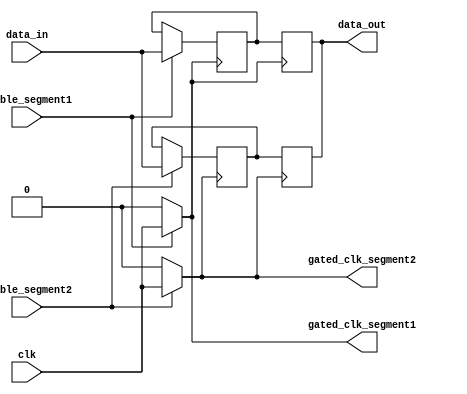
module MemoryBlock_DynamicClockGating (
    input wire clk,                        // Main clock signal
    input wire enable_segment1,            // Enable signal for Segment 1
    input wire enable_segment2,            // Enable signal for Segment 2
    input wire [7:0] data_in,              // Memory data input
    output reg [7:0] data_out,             // Memory data output
    output wire gated_clk_segment1,        // Gated clock for Segment 1
    output wire gated_clk_segment2         // Gated clock for Segment 2
);

// Local signals
wire clk_disable;
assign clk_disable = 1'b0; // Low signal to disable clock

// Clock Gating Logic for Segment 1
assign gated_clk_segment1 = enable_segment1 ? clk : clk_disable;

// Clock Gating Logic for Segment 2
assign gated_clk_segment2 = enable_segment2 ? clk : clk_disable;

// Memory Segments (for demonstration)
reg [7:0] memory_segment1 [0:255]; // 256-byte memory segment 1
reg [7:0] memory_segment2 [0:255]; // 256-byte memory segment 2

// Read/Write Operations for Segment 1
always @(posedge gated_clk_segment1) begin
    // Write operation example
    if (enable_segment1) begin
        memory_segment1[0] <= data_in; // Simplified write example
    end
    // Read operation example
    data_out <= memory_segment1[0]; // Simplified read example
end

// Read/Write Operations for Segment 2
always @(posedge gated_clk_segment2) begin
    // Write operation example
    if (enable_segment2) begin
        memory_segment2[0] <= data_in; // Simplified write example
    end
    // Read operation example
    data_out <= memory_segment2[0]; // Simplified read example
end

endmodule